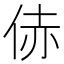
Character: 𪜻